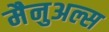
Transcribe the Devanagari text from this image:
मैनुअल्स